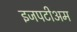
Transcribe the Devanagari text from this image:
इजपटीअम